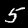
Label: 5